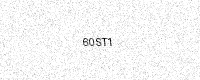
Text: 60ST1